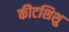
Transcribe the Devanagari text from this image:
कीटशिशु